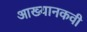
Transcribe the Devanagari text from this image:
आख्यानकवी